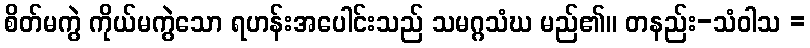
စိတ်မကွဲ ကိုယ်မကွဲသော ရဟန်းအပေါင်းသည် သမဂ္ဂသံဃ မည်၏။ တနည်း-သံဝါသ =